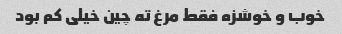
خوب و خوشزه فقط مرغ ته چین خیلی کم بود